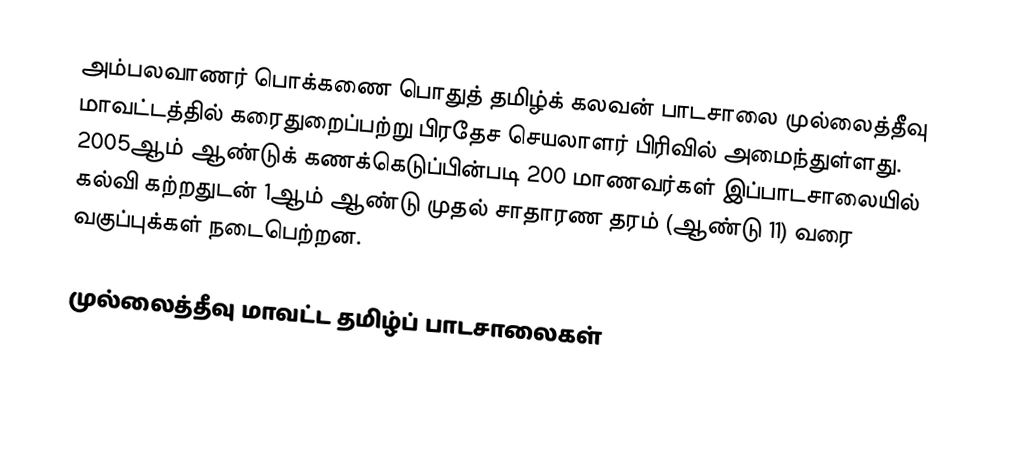
அம்பலவாணர் பொக்கணை பொதுத் தமிழ்க் கலவன் பாடசாலை முல்லைத்தீவு மாவட்டத்தில் கரைதுறைப்பற்று பிரதேச செயலாளர் பிரிவில் அமைந்துள்ளது. 2005ஆம் ஆண்டுக் கணக்கெடுப்பின்படி 200 மாணவர்கள் இப்பாடசாலையில் கல்வி கற்றதுடன் 1ஆம் ஆண்டு முதல் சாதாரண தரம் (ஆண்டு 11) வரை வகுப்புக்கள் நடைபெற்றன.

முல்லைத்தீவு மாவட்ட தமிழ்ப் பாடசாலைகள்